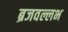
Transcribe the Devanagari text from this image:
ब्रजवल्लभ